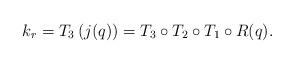
LaTeX: \begin{align*}k_r=T_3\left(j(q)\right)=T_3\circ T_2\circ T_1\circ R(q).\end{align*}